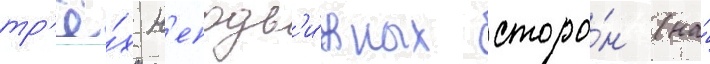
тр'ё́х н'еподв'и́жных сторо́н (на́